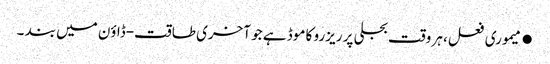
●میموری فعل، ہر وقت بجلی پر ریزرو کا موڈ ہے جو آخری طاقت-ڈاؤن میں بند ۔